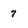
Character: 7